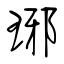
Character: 琊